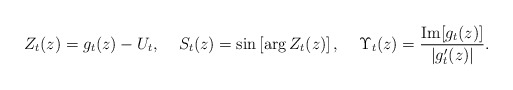
\begin{align*} Z_t(z) = g_t(z) - U_t, \;\;\;\; S_t(z) = \sin \left[\arg Z_t(z)\right], \;\;\;\; \Upsilon_t(z) = \frac{{\rm Im}[g_t(z)]}{|g_t'(z)|}. \end{align*}